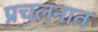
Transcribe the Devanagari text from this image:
प्रचलनात